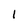
Character: 1